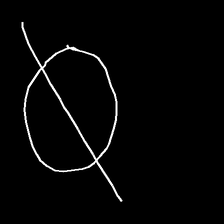
Glyph: orb